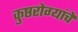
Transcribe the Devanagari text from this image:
कुष्ठरोग्यांचे